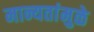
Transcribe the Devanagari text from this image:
मान्यतांमुळे